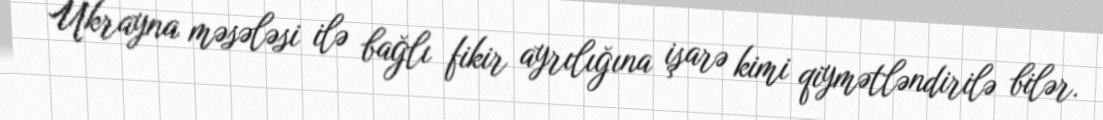
Ukrayna məsələsi ilə bağlı fikir ayrılığına işarə kimi qiymətləndirilə bilər.